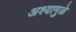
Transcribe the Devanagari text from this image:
अश्यामुळे